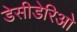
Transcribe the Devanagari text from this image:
डेसीडेरिओ